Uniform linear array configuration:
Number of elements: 24
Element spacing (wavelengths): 0.75
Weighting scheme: cosine
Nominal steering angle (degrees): -30
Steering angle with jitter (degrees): -29.918
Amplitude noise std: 0.05
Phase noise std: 0.05

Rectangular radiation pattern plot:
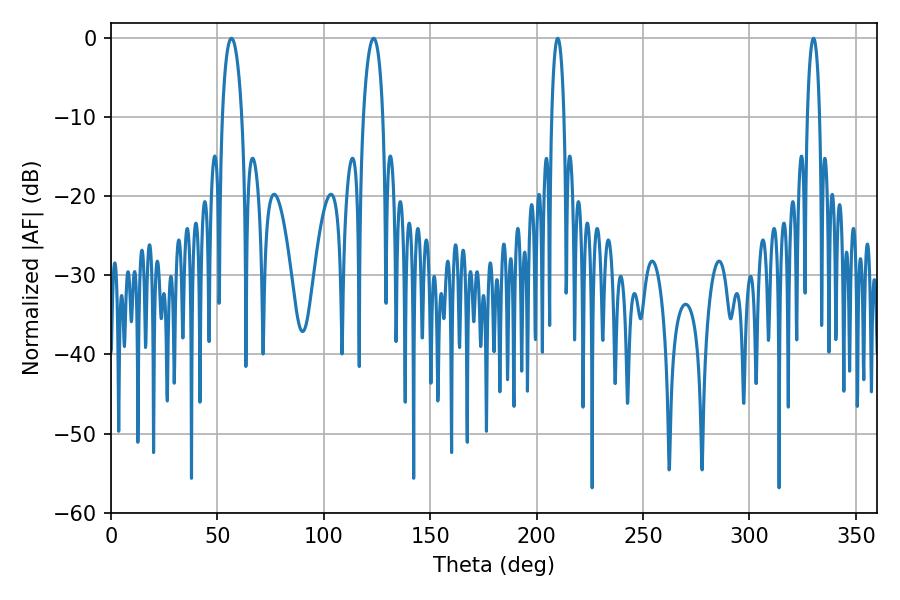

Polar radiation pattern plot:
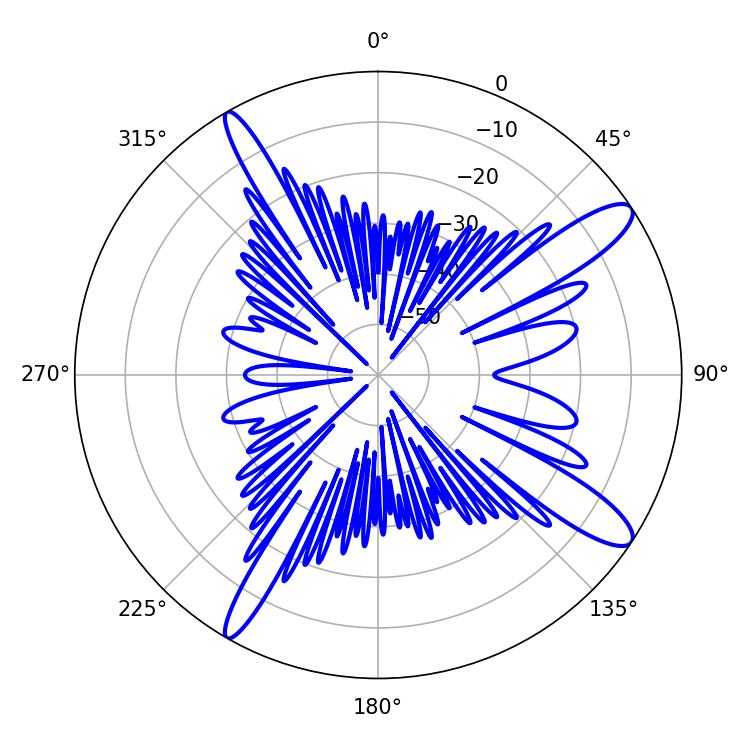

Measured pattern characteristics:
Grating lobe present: TRUE
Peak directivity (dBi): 12.76
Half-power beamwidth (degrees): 3.24
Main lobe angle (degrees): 209.88